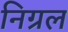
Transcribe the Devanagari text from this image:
निग्रल